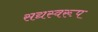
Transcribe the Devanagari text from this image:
सद्यस्वरूप